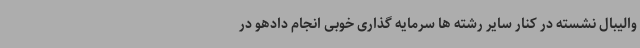
والیبال نشسته در کنار سایر رشته ها سرمایه گذاری خوبی انجام دادهو در